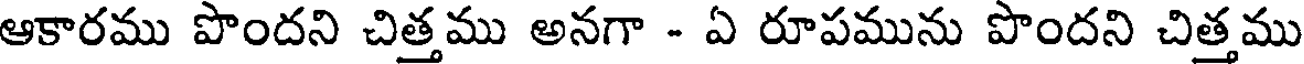
ఆకారము పొందని చిత్తము అనగా - ఏ రూపమును పొందని చిత్తము